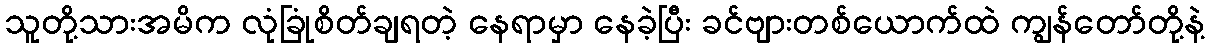
သူတို့သားအမိက လုံခြုံစိတ်ချရတဲ့ နေရာမှာ နေခဲ့ပြီး ခင်ဗျားတစ်ယောက်ထဲ ကျွန်တော်တို့နဲ့